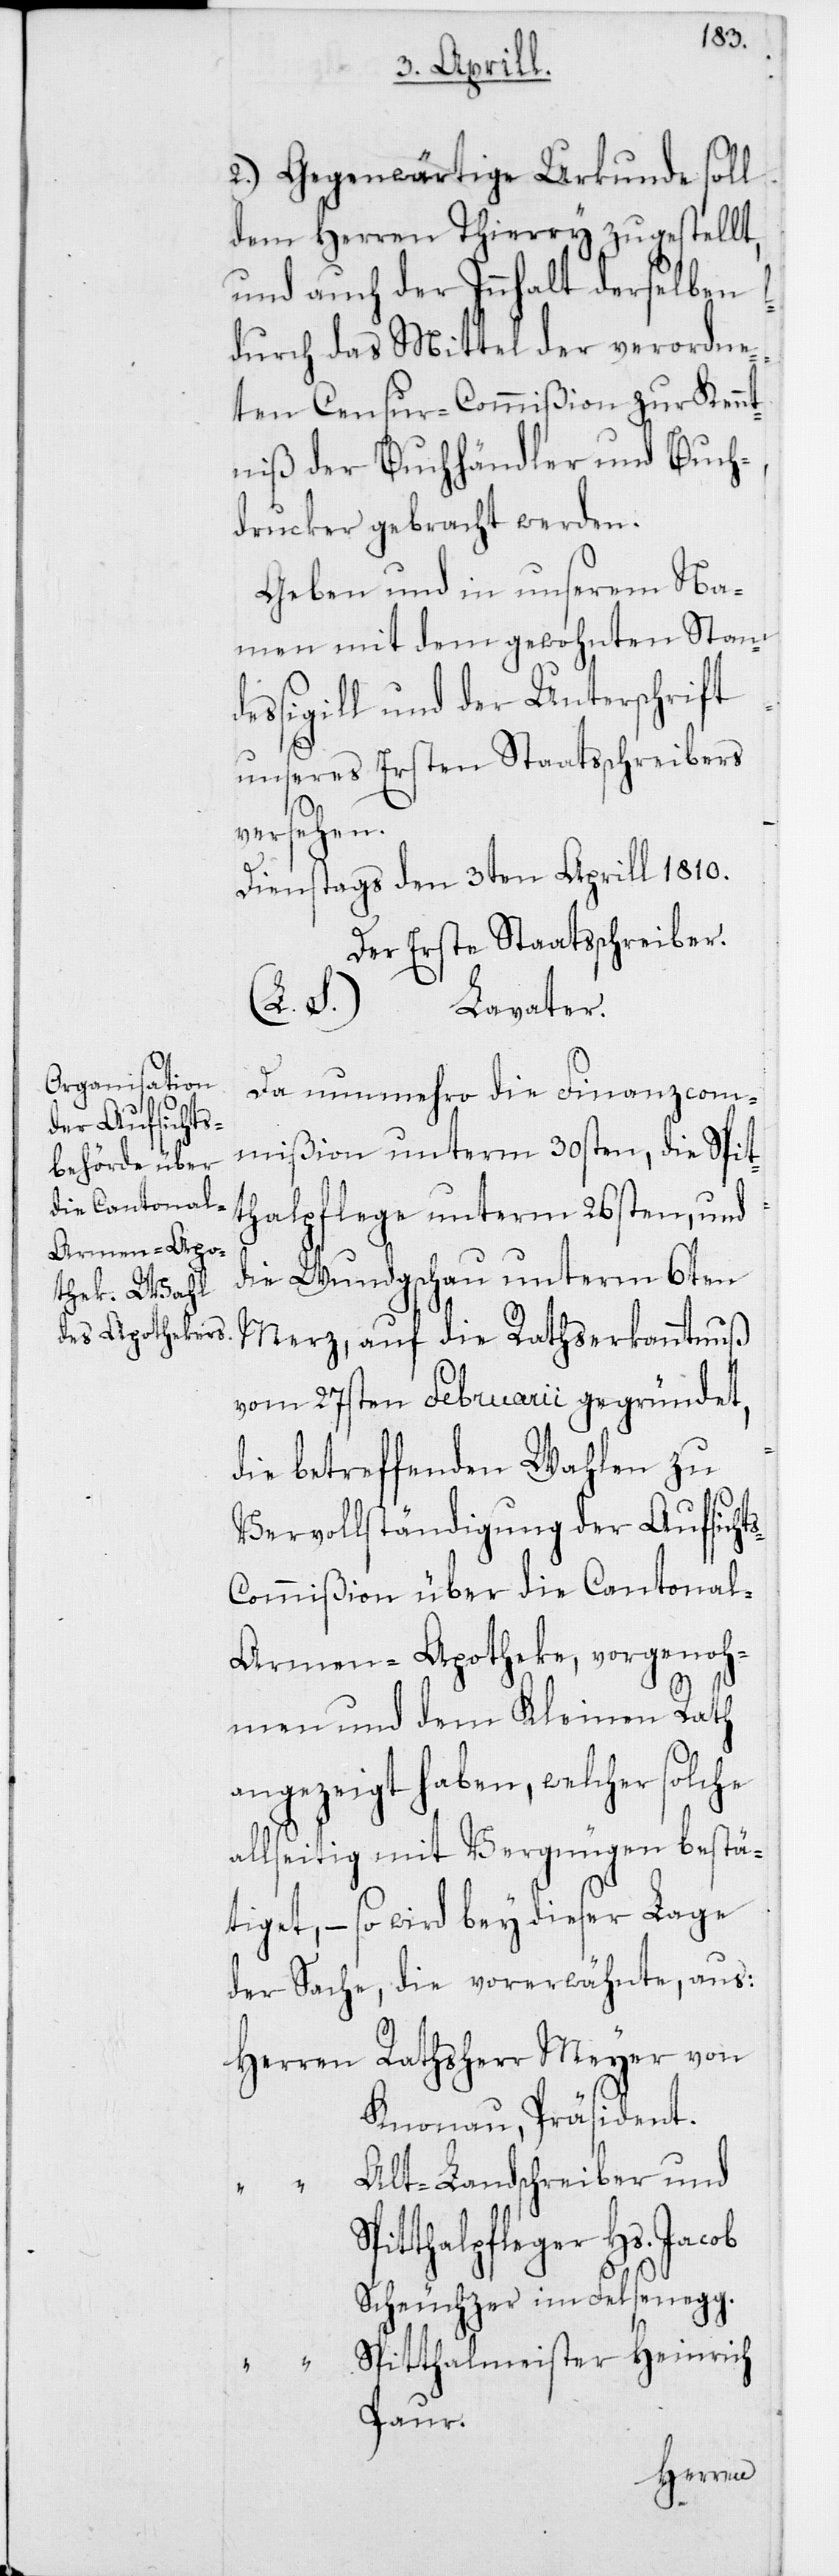
2. Gegenwärtige Urkunde soll
dem Herren Thierry zugestellt,
und auch der Innhalt derselben
durch das Mittel der verordne¬
ten Censur-Commißion zur Kennt¬
niß der Buchhändler und Buch¬
drucker gebracht werden.
Geben und in unserem Na¬
men mit dem gewohnten Stand¬
essigill und der Unterschrift
unseres Ersten Staatsschreibers
versehen.
Dienstags den 3ten Aprill 1810.
Der Erste Staatsschreiber.
(L.S.)
Lavater.
Da nunmehro die Finanzcom¬
mißion unterm 30sten, die Spit¬
thalpflege unterm 26sten, und
die Wundgschau unterm 6ten
Merz, auf die Rathserkanntnuß
vom 27sten Februarii gegründet,
die betreffenden Wahlen zu
Vervollständigung der Aufsicht¬
ommißion über die Cantona¬
l-Armen-Apotheke, vorgenoh¬
s-C¬
men und dem Kleinen Rath
angezeigt haben, welcher solche
allseitig mit Vergnügen bestä¬
tiget, – so wird bey dieser Lage
der Sache, die vorerwähnte, aus:
Herren Rathsherr Meyer von
Knonau, Präsident.
Alt-Landschreiber und
S¬
pitthalpfleger Hs. Jacob
Scheuchzer im Felsenegg.
Spitthalmeister Heinrich
Paur.